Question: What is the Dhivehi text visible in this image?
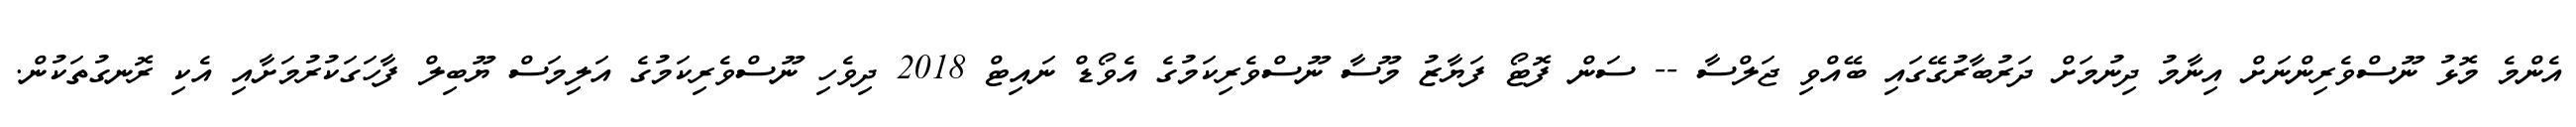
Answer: އެންމެ މޮޅު ނޫސްވެރިންނަށް އިނާމު ދިނުމަށް ދަރުބާރުގޭގައި ބޭއްވި ޖަލްސާ -- ސަން ފޮޓޯ ފަޔާޒު މޫސާ ނޫސްވެރިކަމުގެ އެވޯޑް ނައިޓް 2018 ދިވެހި ނޫސްވެރިކަމުގެ އަލިމަސް ޔޫބިލް ފާހަގަކުރުމަށާއި އެކި ރޮނގުތަކުން.